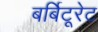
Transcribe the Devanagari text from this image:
बर्बिटूरेट